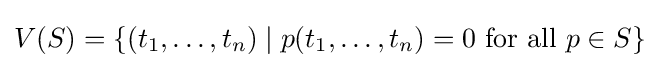
V(S)=\{(t_{1},\dots ,t_{n})\mid p(t_{1},\dots ,t_{n})=0{\text{ for all }}p\in S\}